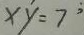
x y = 7